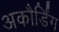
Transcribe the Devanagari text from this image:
अकौर्डिंग